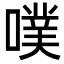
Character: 噗